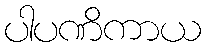
ပါပဏိကာယ